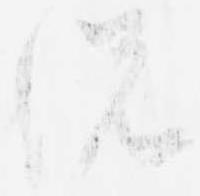
説